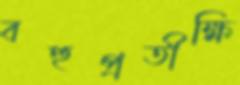
বহুপ্রতীক্ষি